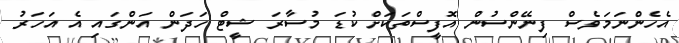
އެހެންނަމަވެސް ފިނޭންސުން އޮފީސްތަކަށް ކުޑަ މުސާރަ ޝީޓް ހަދަން އަންގައި އެ އަހަރު